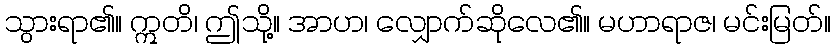
သွားရာ၏။ ဣတိ၊ ဤသို့။ အာဟ၊ လျှောက်ဆိုလေ၏။ မဟာရာဇ၊ မင်းမြတ်။